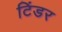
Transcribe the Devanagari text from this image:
टिंडर